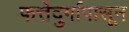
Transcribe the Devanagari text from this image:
फत्तेदुर्गापासून